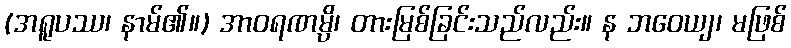
(အရူပဿ၊ နာမ်၏။) အာဝရဏမ္ပိ၊ တားမြစ်ခြင်းသည်လည်း။ န ဘဝေယျ၊ မဖြစ်